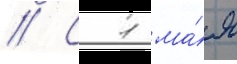
// С 1 ма́я